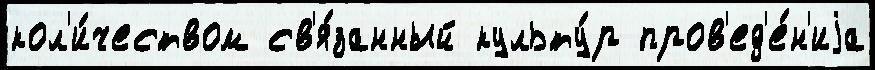
кол'и́чеством св'я́занный культу́р пров'ед'е́н'иjа